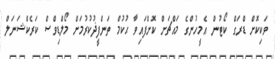
ވަކިކޮށް ޑްރަގް ކޯޓުން އެމީހުންގެ މައްޗަށް ކޮށްފައިވާ ޙުކުމް ތަންފީޛުކުރުމަށް މޯލްޑިވްސް ކަރެކްޝަނަލް